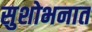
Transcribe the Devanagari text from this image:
सुशोभनात